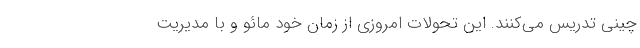
چینی تدریس می­کنند. این تحولاتِ امروزی از زمانِ خود مائو و با مدیریتِ